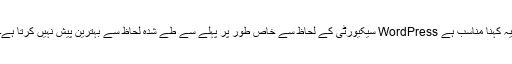
یہ کہنا مناسب ہے WordPress سیکیورٹی کے لحاظ سے خاص طور پر پہلے سے طے شدہ لحاظ سے بہترین پیش نہیں کرتا ہے۔